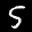
Label: 5